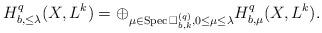
LaTeX: \begin{align*}H^q_{b,\leq\lambda}(X,L^k)=\oplus_{\mu\in{\rm Spec\,}\Box^{(q)}_{b,k}, 0\leq\mu\leq\lambda}H^q_{b,\mu}(X,L^k). \end{align*}